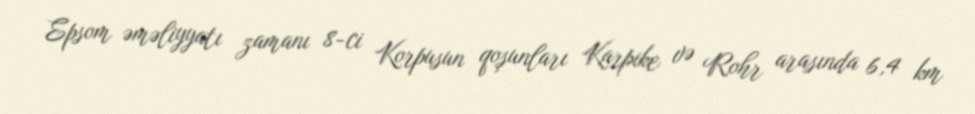
Epsom əməliyyatı zamanı 8-ci Korpusun qoşunları Karpike və Rohr arasında 6,4 km